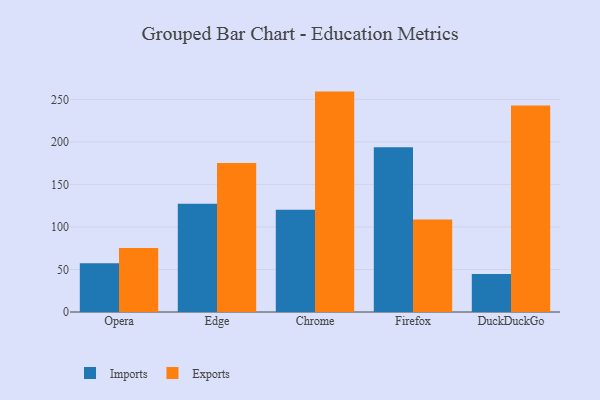
{"axis": {"x": "Browser", "y": "Energy Usage (MWh)"}, "legend": ["Exports", "Imports"], "data": [{"x": "Opera", "y": 57.2, "type": "Imports"}, {"x": "Opera", "y": 75.3, "type": "Exports"}, {"x": "Edge", "y": 127.2, "type": "Imports"}, {"x": "Edge", "y": 175.2, "type": "Exports"}, {"x": "Chrome", "y": 120.3, "type": "Imports"}, {"x": "Chrome", "y": 259.1, "type": "Exports"}, {"x": "Firefox", "y": 193.7, "type": "Imports"}, {"x": "Firefox", "y": 108.6, "type": "Exports"}, {"x": "DuckDuckGo", "y": 44.6, "type": "Imports"}, {"x": "DuckDuckGo", "y": 242.7, "type": "Exports"}]}